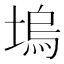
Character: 塢